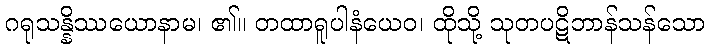
ဂရုသန္နိဿယောနာမ၊ ၏။ တထာရူပါနံယေဝ၊ ထိုသို့ သုတပဋိဘာန်သန်သော